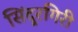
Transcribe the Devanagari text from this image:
सिंदूरगिरी